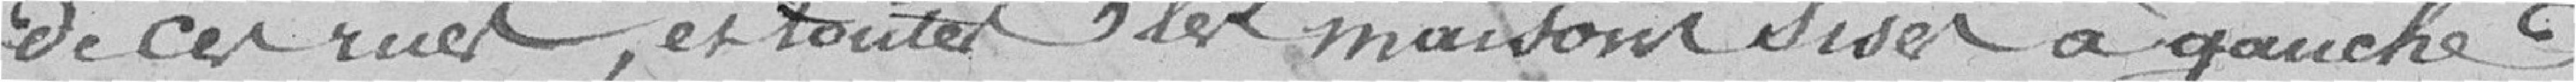
de ces rues, et toutes les maisons sises à gauche